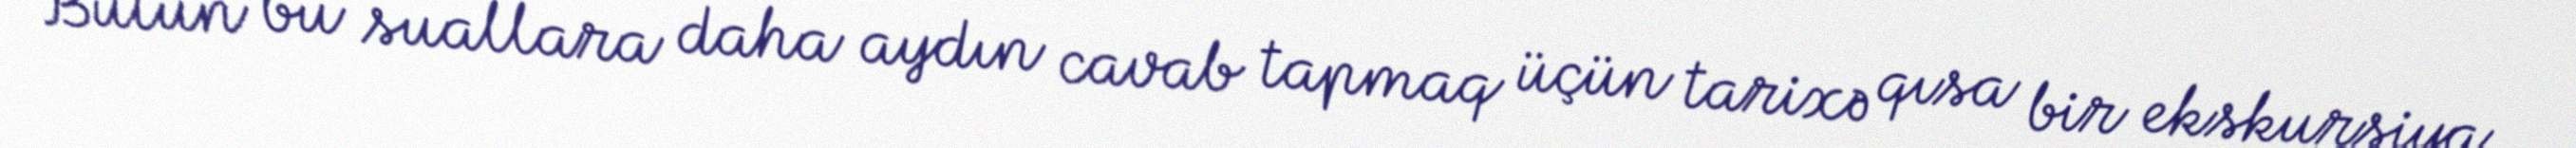
Bütün bu suallara daha aydın cavab tapmaq üçün tarixə qısa bir ekskursiya